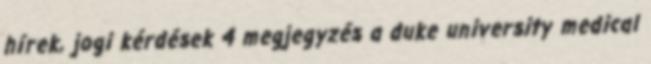
hírek, jogi kérdések 4 megjegyzés a duke university medical